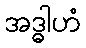
အဒ္ဓါဟံ